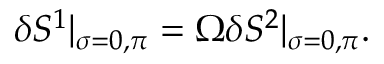
\delta S ^ { 1 } | _ { \sigma = 0 , \pi } = \Omega \delta S ^ { 2 } | _ { \sigma = 0 , \pi } .